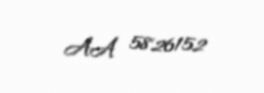
AA 5826152